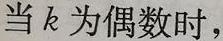
当 \(k\) 为偶数时，